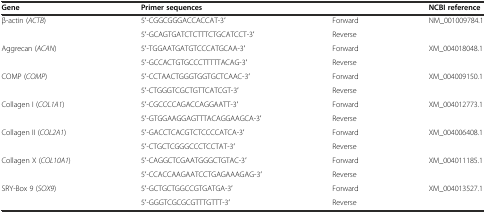
| Gene | Primer sequences |  | NCBI reference |
 | --- | --- | --- | --- |
 | <ROWSPAN=2> β-actin (ACTB) | 5′-CGGCGGGACCACCAT-3′ | Forward | <ROWSPAN=2> NM_001009784.1 |
 | 5′-GCAGTGATCTCTTTCTGCATCCT-3′ | Reverse |
 | <ROWSPAN=2> Aggrecan (ACAN) | 5′-TGGAATGATGTCCCATGCAA-3′ | Forward | <ROWSPAN=2> XM_004018048.1 |
 | 5′-GCCACTGTGCCCTTTTTACAG-3′ | Reverse |
 | <ROWSPAN=2> COMP (COMP) | 5′-CCTAACTGGGTGGTGCTCAAC-3′ | Forward | <ROWSPAN=2> XM_004009150.1 |
 | 5′-CTGGGTCGCTGTTCATCGT-3′ | Reverse |
 | <ROWSPAN=2> Collagen I (COL1A1) | 5′-CGCCCCAGACCAGGAATT-3′ | Forward | <ROWSPAN=2> XM_004012773.1 |
 | 5′-GTGGAAGGAGTTTACAGGAAGCA-3′ | Reverse |
 | <ROWSPAN=2> Collagen II (COL2A1) | 5′-GACCTCACGTCTCCCCATCA-3′ | Forward | <ROWSPAN=2> XM_004006408.1 |
 | 5′-CTGCTCGGGCCCTCCTAT-3′ | Reverse |
 | <ROWSPAN=2> Collagen X (COL10A1) | 5′-CAGGCTCGAATGGGCTGTAC-3′ | Forward | <ROWSPAN=2> XM_004011185.1 |
 | 5′-CCACCAAGAATCCTGAGAAAGAG-3′ | Reverse |
 | <ROWSPAN=2> SRY-Box 9 (SOX9) | 5′-GCTGCTGGCCGTGATGA-3′ | Forward | <ROWSPAN=2> XM_004013527.1 |
 | 5′-GGGTCGCGCGTTTGTTT-3′ | Reverse |